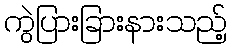
ကွဲပြားခြားနားသည့်